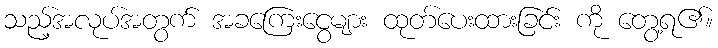
သည့်အလုပ်အတွက် အခကြေးငွေများ ထုတ်ပေးထားခြင်း ကို တွေ့ရ၏။